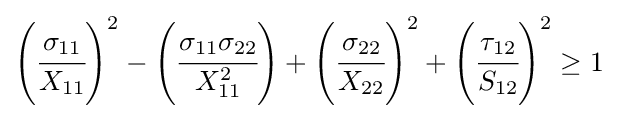
{\begin{aligned}\left({\cfrac {\sigma _{11}}{X_{11}}}\right)^{2}-\left({\cfrac {\sigma _{11}\sigma _{22}}{X_{11}^{2}}}\right)+\left({\cfrac {\sigma _{22}}{X_{22}}}\right)^{2}+\left({\cfrac {\tau _{12}}{S_{12}}}\right)^{2}\geq 1\end{aligned}}